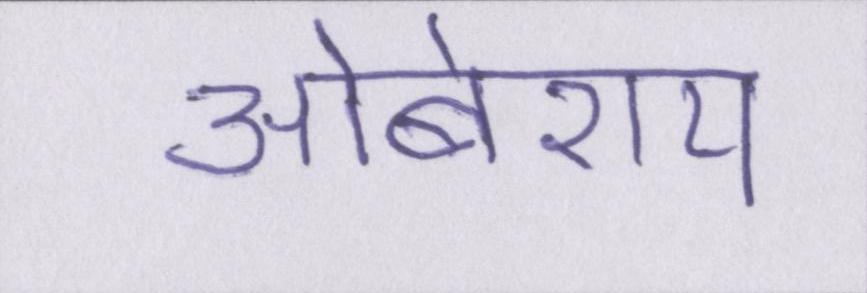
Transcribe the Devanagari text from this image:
ओबेराय